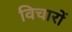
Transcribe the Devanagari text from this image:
विचाराें